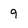
Character: 9